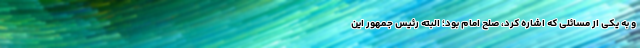
و به یکی از مسائلی که اشاره کرد، صلح امام بود؛ البته رئیس جمهور این